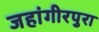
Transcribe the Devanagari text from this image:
जहांगीरपुरा